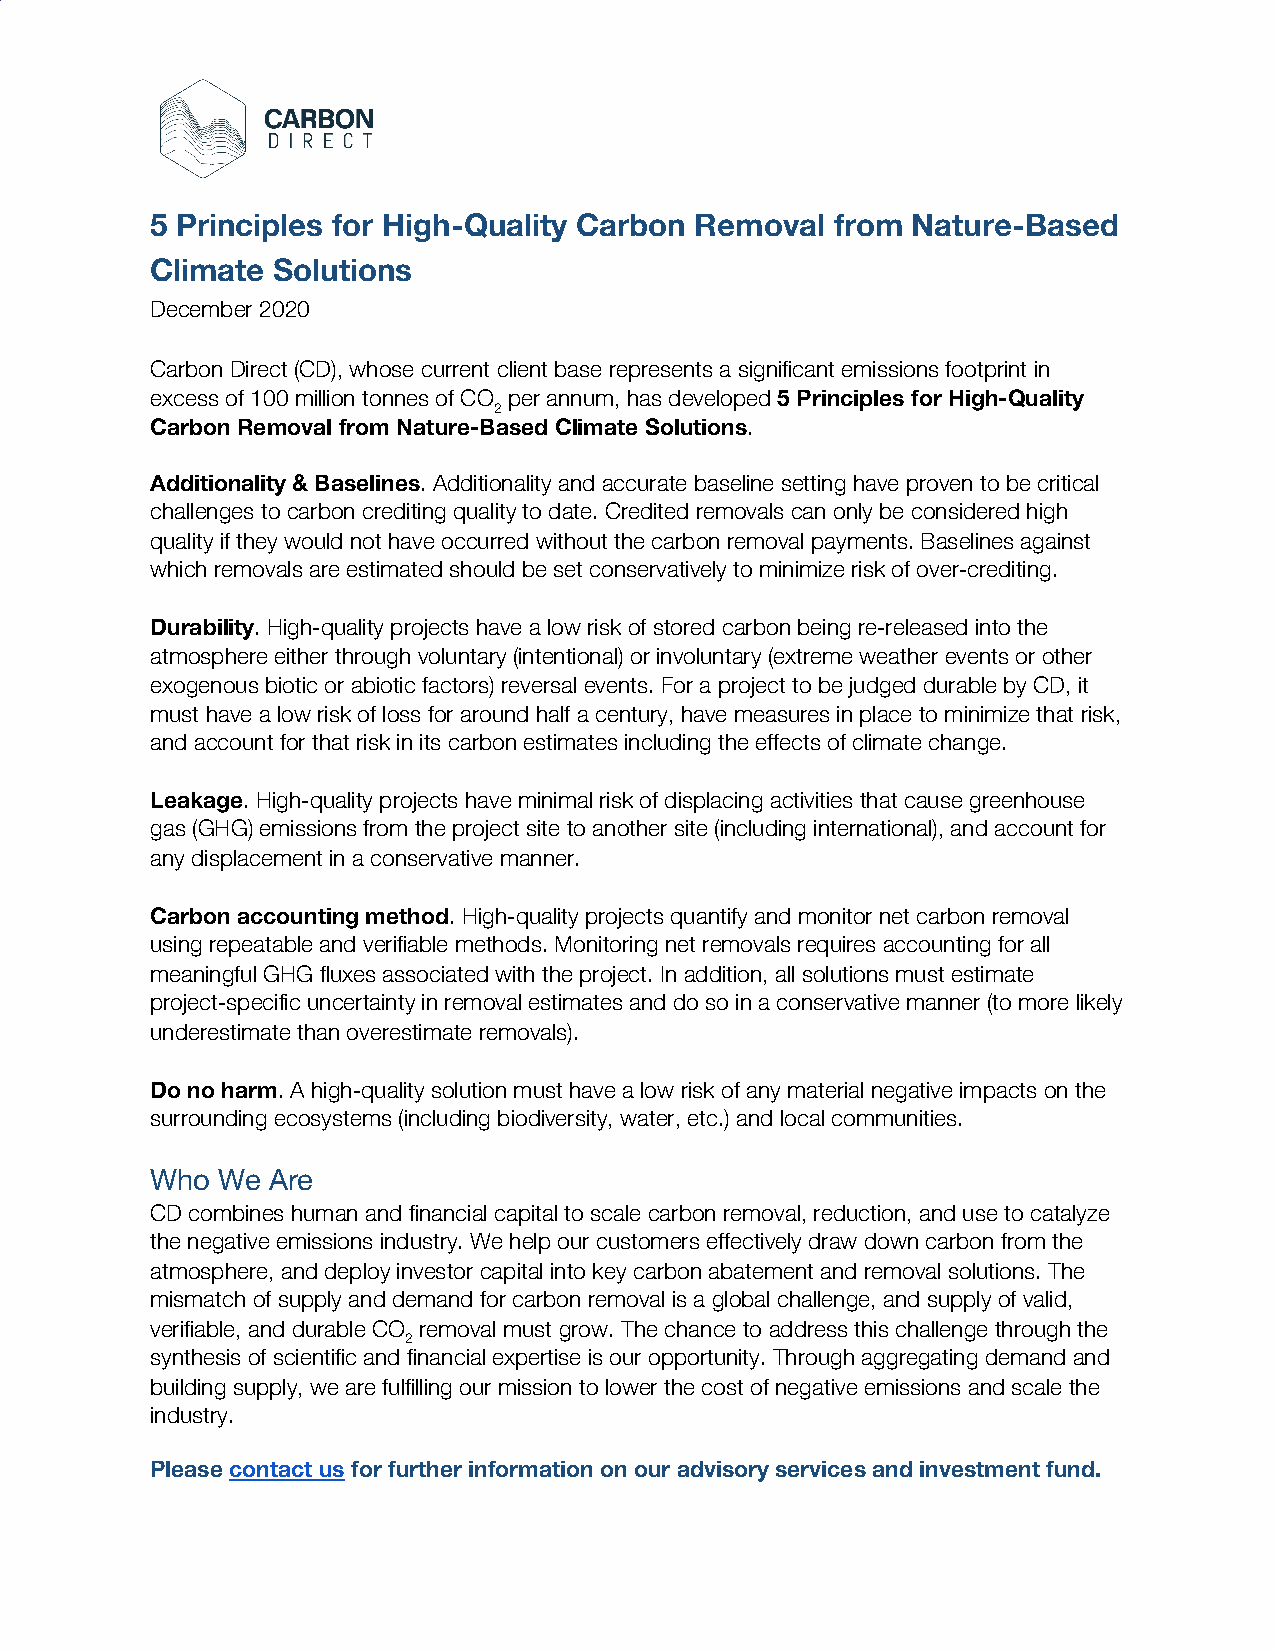
5 Principles for High-Quality Carbon Removal from Nature-Based
 Climate Solutions
 December 2020
 Carbon Direct (CD), whose current client base represents a significant emissions footprint in
 excess of 100 million tonnes of CO per annum, has developed 5 Principles for High-Quality
 ​2                ​
 ​
 Carbon Removal from Nature-Based Climate Solutions.
 ​
 Additionality & Baselines. Additionality and accurate baseline setting have proven to be critical
 ​ ​​
 challenges to carbon crediting quality to date. Credited removals can only be considered high
 quality if they would not have occurred without the carbon removal payments. Baselines against
 which removals are estimated should be set conservatively to minimize risk of over-crediting.
 Durability. High-quality projects have a low risk of stored carbon being re-released into the
 ​
 atmosphere either through voluntary (intentional) or involuntary (extreme weather events or other
 exogenous biotic or abiotic factors) reversal events. For a project to be judged durable by CD, it
 must have a low risk of loss for around half a century, have measures in place to minimize that risk,
 and account for that risk in its carbon estimates including the effects of climate change.
 Leakage. High-quality projects have minimal risk of displacing activities that cause greenhouse
 ​
 gas (GHG) emissions from the project site to another site (including international), and account for
 any displacement in a conservative manner.
 Carbon accounting method. High-quality projects quantify and monitor net carbon removal
 ​
 using repeatable and verifiable methods. Monitoring net removals requires accounting for all
 meaningful GHG fluxes associated with the project. In addition, all solutions must estimate
 project-specific uncertainty in removal estimates and do so in a conservative manner (to more likely
 underestimate than overestimate removals).
 Do no harm. A high-quality solution must have a low risk of any material negative impacts on the
 ​
 surrounding ecosystems (including biodiversity, water, etc.) and local communities.
 Who We  Are
 CD combines human and financial capital to scale carbon removal, reduction, and use to catalyze
 the negative emissions industry. We help our customers effectively draw down carbon from the
 atmosphere, and deploy investor capital into key carbon abatement and removal solutions. The
 mismatch of supply and demand for carbon removal is a global challenge, and supply of valid,
 verifiable, and durable CO removal must grow. The chance to address this challenge through the
 ​2
 ​
 synthesis of scientific and financial expertise is our opportunity. Through aggregating demand and
 building supply, we are fulfilling our mission to lower the cost of negative emissions and scale the
 industry.
 Please contact us for further information on our advisory services and investment fund.
 ​       ​